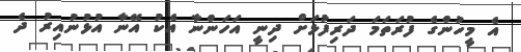
އެ މީހުންގެ ފުރަތަމަ ދަރިފުޅަށް ދިނީ އަހަންނާ އެކު އޭނާ އުޅުނުއިރު ދެ